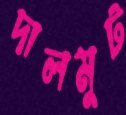
দালমুট